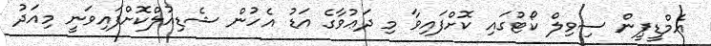
އެމްޑީޕީން ސިވިލް ކޯޓުގައި ކޮށްފައިވާ މި ދަޢުވާގެ އަޑު އެހުން ޝެޑިއުލްކޮށްފައިވަނީ މިއަދު